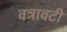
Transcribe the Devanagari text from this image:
वत्रावटी